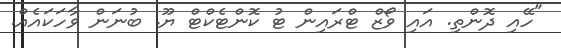
"ހޭއި ދޮންތި. އައި ވޯޒް ޓްރައިން ޓު ކޮންޓެކްޓް ޔޫ. ބުނަން ވާހަކައެއް.